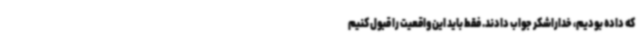
که داده بودیم، خداراشکر جواب دادند. فقط باید این واقعیت را قبول کنیم